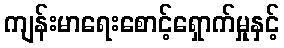
ကျန်းမာရေးစောင့်ရှောက်မှုနှင့်